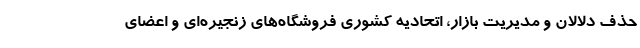
حذف دلالان و مدیریت بازار، اتحادیه کشوری فروشگاه‌های زنجیره‌ای و اعضای